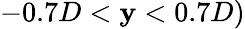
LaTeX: -0.7D<\mathbf{y}<0.7D)